Vaccination in the Punjab 1919-1929 - 1919-1929
Year: 1919
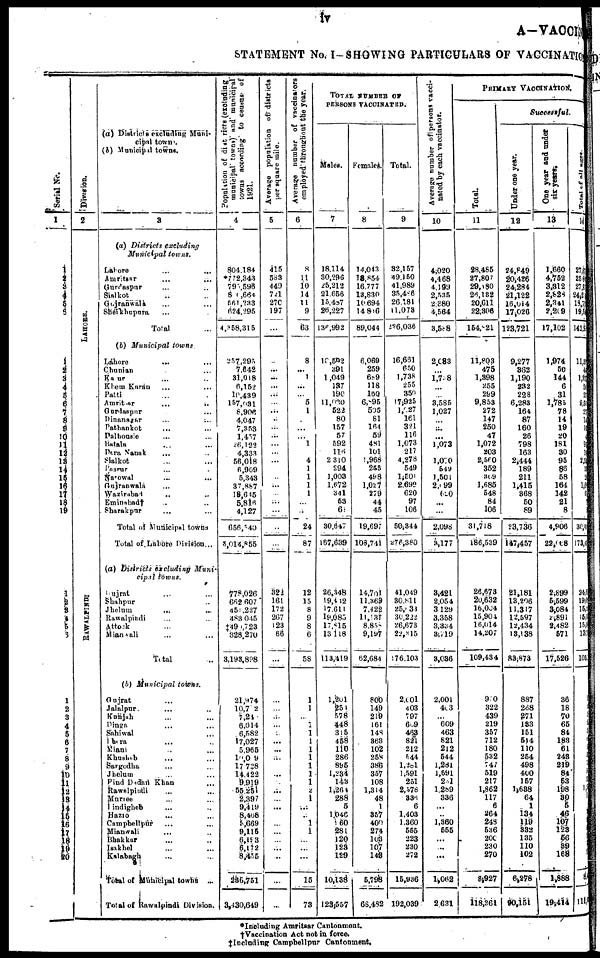
iv
A—VACCIN
STATEMENT No. I—SHOWING PARTICULARS OF VACCINATION
Serial No.
1
1
2 3
4
5
6
1
2
3
4
5
6 7
8
9
10
11
12
13
14
15
16
17
18 19
1
2 3
4
5
6
1
2
3
4
5
6
7
8
9
10
11
12 13
14
15
16
17
18
19
20
Division.
2
LAHORE.
RAWALPINDI
(a) Districts excluding Muni-
cipal towns.
(b) Municipal towns.
3
(a) Districts
excluding
Municipal
towns.
Lahore ... ...
Amritsar ... ...
Gurdaspur ... ...
Sialkot ... ...
Gujranwalà ... ...
Sheikhupura ...
Total ...
(b) Municipal
towns
Lahore ... ...
Chunian ...
Ka ur ... ...
Khem Karan ... ...
Patti ... ...
Amritsar ... ...
Gurdaspur ...
Dinanagar ... ...
Pathankot ... ...
Palhousie ... ...
Batala ... ...
Dera Nanak ... ...
Sialkot ... ...
Pasrur ... ...
Narowal ... ...
Gujranwala ...
Wazirabad ... ...
Eminabad† ... ...
Sharakpur ... ...
Total of Municipal towns
Total of Lahore Division...
(a) Districts excluding
Muni-
cipal
towns.
Gujrat ... ...
Shahpur ...
Jhelum
... ...
Rawalpindi ... ...
Attock ...
Mianwali ... ...
Total ...
(b) Municipal
towns.
Gujrat ...
Jalalpur. ... ...
Kunjah ... ...
Dinga ... ...
Sahiwal ...
Dhera ... ...
Diani ... ...
Khushab ... ...
Sargodha ... ...
Jhelum ... ...
Pind Dadan Khan ...
Rawalpindi ... ...
Muriee ... ...
Hindigheb ... ...
Hazio ... ...
Compbellpur ... ...
Mianwali ... ...
Bhakkar ... ...
Isakhel ... ...
Lalabagh ... ...
Total of Municipal towns
...
Total of Rawalpindi Division.
Population of districts (excluding
municipal towns) and municipal
towns according to census of
1921.
4
804,184
* 772,343
795,596
840 ,664
661,233
624,295
4,358,315
257,295
7,642
31,018
6,152
10,439
157,031
8,906
4,047
7,353
1,457
26, 122
4,333
56,018
6,909
5,343
37,887
18,645
5,816
4,127
656,540
5,014,855
778,026
662,607
451,227
483,045
‡490,723
328,270
3,193,898
21,974
10,702
7,24
6,014
6,582
17,027
5,965
10,009
17,728
14,422
9,919
55,251
2,397
9,419
8,408
3,669
9,115
6,193
6,172
8,455
236,751
3,430,649
Average population of districts
per square mile.
5
415
583
449
721
270
197
...
...
...
...
...
...
...
...
...
...
...
...
...
...
...
...
...
...
...
...
...
...
322
161
172
267
123
66
...
...
...
...
...
...
...
...
...
...
...
...
...
...
...
...
...
...
...
...
...
...
...
Average number of vaccinators
employed throughout the year.
6
8
11
10
14
11
9
63
8
...
1
...
...
5
1
...
...
1
...
4
1
1
1
1
...
...
24
87
12
15
8
9
8
6
58
1
1
...
1
1
1
1
1
1
1
1
2
1
...
...
1
1
...
...
...
15
73
TOTAL NUMBER OF
PERSONS VACCINATED.
Males.
7
18,114
30,296
25,212
21,656
15,487
26,227
136,992
10,592
391
1,049
137
190
11,030
522
80
157
57
592
116
2,310
294
1,003
1,672
341
53
6
30,647
167,639
26,348
19,412
17,611
19,085
17,815
13,118
113,419
1,201
251
578
448
31 5
458
110
286
895
1,234
143
1,264
288
5
1,046
60
281
120
123
129
10,138
123,557
Females.
8
14,043
18,854
16,777
13,830
10,694
14,806
89,044
6,069
259
689
118
160
6,895
505
81
164
59
481
101
1,968
253
498
1,027
275
44
45
19,697
108,741
14,701
11,369
7,422
11,137
8,858
9,197
62,684
800
149
219
161
148
363
102
258
386
357
108
1,314
48
1
357
400
274
103
107
143
5,798
68,482
Total.
9
32,157
49,150
41,989
35,486
26,181
11,073
226,036
16,661
650
1,738
255
350
17,925
1,027
161
321
116
1,073
217
4,278
549
1,501
2,699
620
97
106
50,344
276,380
41,049
30,811
25,033
30,222
26,673
22,315
176,103
2,001
403
797
609
463
821
212
544
1,281
1,591
251
2,578
336
6
1,403
1,360
555
223
230
272
15,936
192,039
Average number of persons vacci-
nated by each vaccinator.
10
4,020
4,468
4,199
2,535
2,389
4,564
3,588
2,083
...
1,738
...
...
3,585
1,027
...
...
...
1,073
...
1,070
649
1,501
2,099
620
...
...
2,098
3,177
3,421
2,054
3,129
3,358
3,334
3,719
3,036
2,001
403
...
609
463
821
212
544
1,281
1,591
251
1,289
336
...
...
1,360
555
...
...
...
1,062
2,631
PRIMARY VACCINATION.
Total.
11
28,485
27,807
29,180
26,132
20,611
22,306
154,821
11,803
475
1,398
255
299
9,853
272
147
250
47
1,072
203
2,560
352
309
1,685
548
84
106
31,718
186,539
26,673
20,632
16,004
15,904
16,014
14,207
109,434
980
322
439
219
357
712
180
532
747
519
217
1,862
117
6
264
243
536
200
230
270
8,927
118,361
Successful.
Under one year.
12
24,849
20,426
24,284
21,122
16,014
17,026
123,721
9,277
362
l,190
232
228
6,283
164
87
160
26
798
163
2,444
189
211
1,415
368
50
89
23,736
147,457
21,181
13,206
11,317
12,597
12,434
13,138
83,873
887
268
271
133
151
514
110
254
498
400
157
1,638
64
1
134
119
332
135
110
102
6,278
90,151
One year and under
six-years.
13
1,660
4,752
3,312
2,828
2,341
2,209
17,102
1,974
50
144
6
31
1,785
78
14
19
20
181
30
95
86
58
164
142
21
8
4,906
22,008
2,899
5,599
3,084
2,891
2,482
571
17,526
36
18
70
65
84
183
61
243
219
84
53
198
30
5
46
107
123
56
39
168
1,888
19,4l4
Total of all ages.
14
27,61
256
27,8
24,21
18,71
19,54
142,3
11,88
48
1,33
24
21
9,50
27
14
18
4
98
19
2,54
33 23
1, 59
54
7
9
30,44
173,41
24,5
19,0
152
15,5
15,6
13,1
103
9
1
3
2
3
1
1
5
1
5
1
1 1
84
11
*Including Amritsar Cantonment.
†Vaccination Act not in force.
‡Including Campbellpur Cantonment.